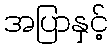
အပြာနှင့်